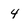
Character: 4